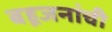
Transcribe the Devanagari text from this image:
बहूजनांची